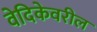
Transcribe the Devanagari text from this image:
वेदिकेवरील